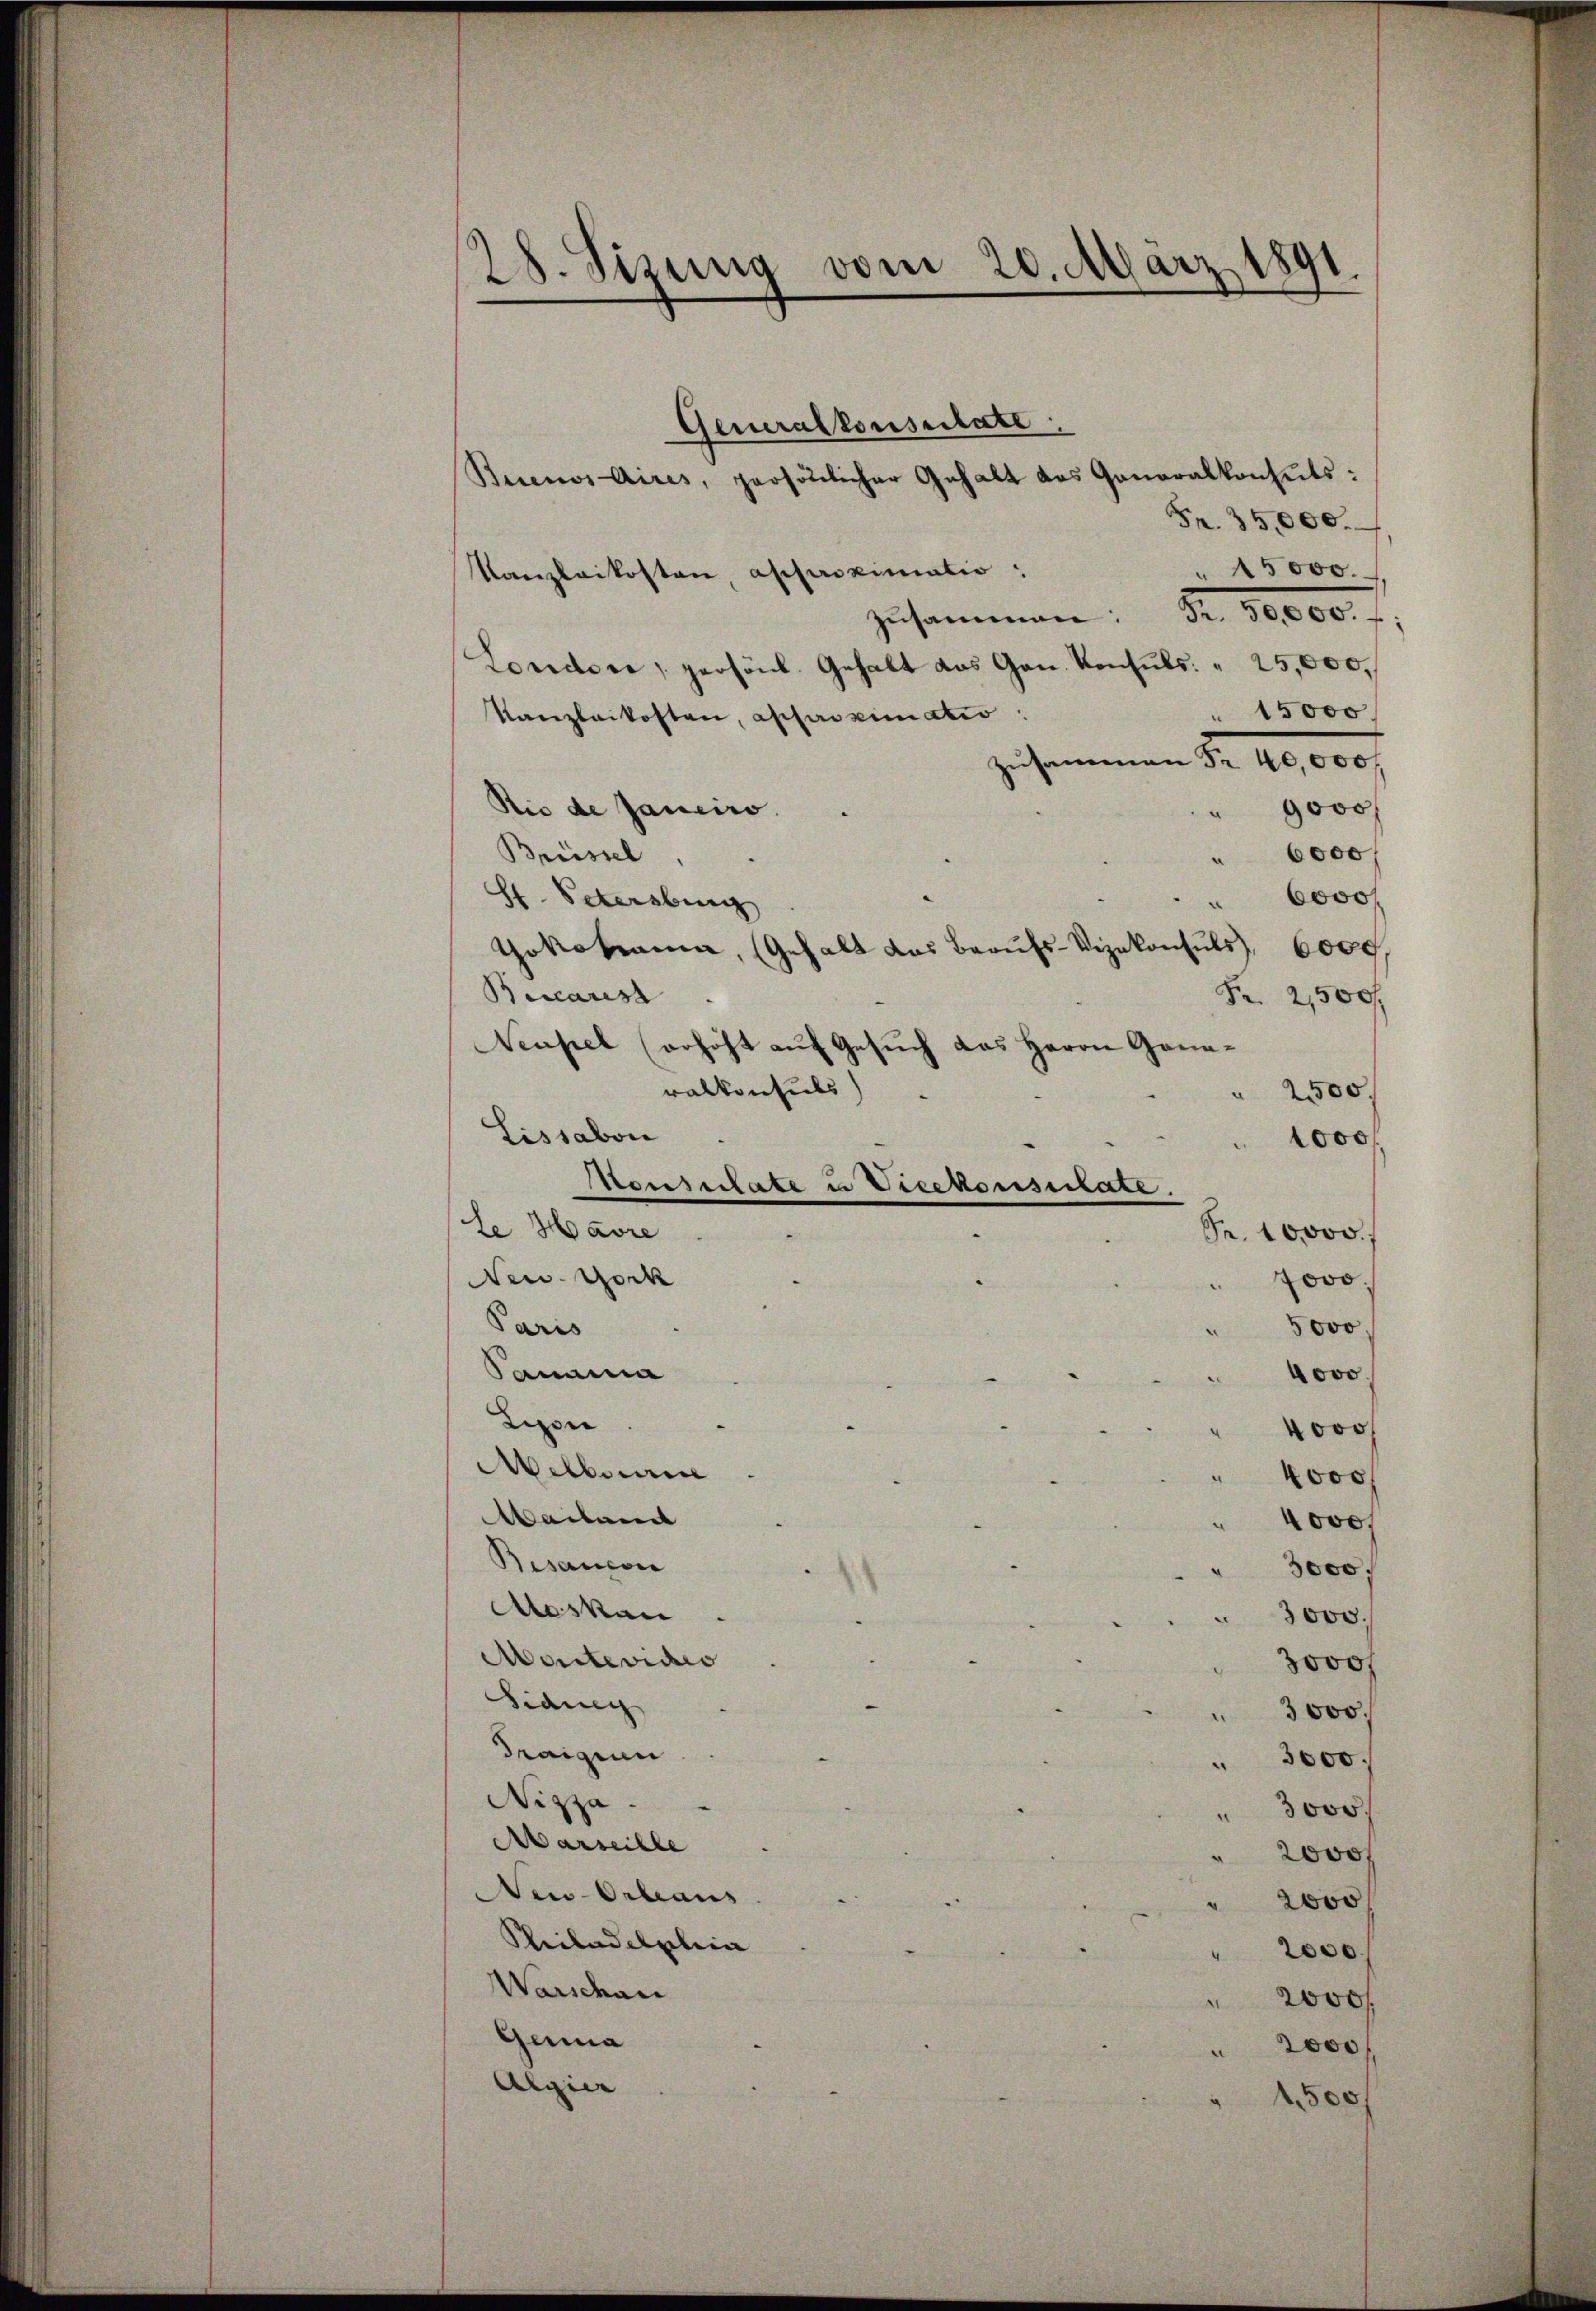
28. Sizung vom 20. März 1891.
d

Generalkonsulate
Buenos Aires, persönlicher Gehalt das Generalkonhuts:
Fr. 35,000.
" 15000.
Kanzlaikosten, approximatio
zusammen: Fr. 10000. fl.
Londone, persönl. Gehalt das Gan. Konsuls " 25,000.
" 15000
Kanzlaikosten, approximatio
zusammenen Nr. 10,000
Rio de Janeiro.
" 9000 f
Brüssel
6000
a
6000f
St. Petersburg
Gokosianen, (Gehalt das Beaufs-Vizekonsuls
6000
Beccarest
Fr. 2500f
Neupel (erhöht auf Gesuch das Herrn Generalkonsuls
" 2500.
Lissabon
1000
le Havre
Fr. 10000.
New York
7000
Paris
5000
Sanma
ovo
Lizon
4000
Mitbeurice
4000
Mailan
4000,
Besaucon
" 3000.
Aoskau
3000.
Montevices
3000
Sidung
" 3000.
draigie
" 3000.
Wizza.
3000.
.
Aarseithe
2000 f
Neu Orleaus
 2000
Philadellein
2000.
Warschau
2000f
Genna
2000
Algier
500

Monsulate u Vicekonsulate.